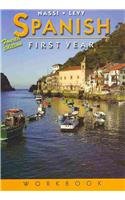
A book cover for Spanish: First Year (Spanish Edition); Stephen L. Levy; Teen & Young Adult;